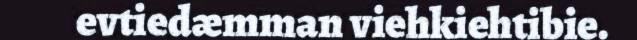
evtiedæmman viehkiehtibie.